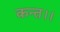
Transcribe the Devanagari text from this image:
कन्‍त।।